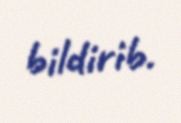
bildirib.